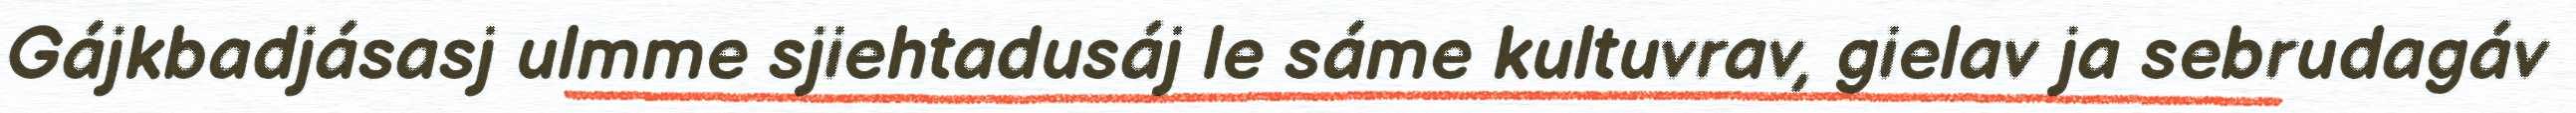
Gájkbadjásasj ulmme sjiehtadusáj le sáme kultuvrav, gielav ja sebrudagáv